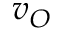
v _ { O }